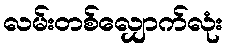
လမ်းတစ်လျှောက်လုံး